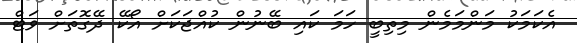
އެކަމަކު މަންމަމެން މިތިބީ ހަމަ ކައި ބޭނުން ކުއްޖަކަށް އޯކޭ ދޭގޮތަށް ވަޓް